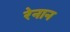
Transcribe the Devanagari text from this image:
रेनान